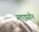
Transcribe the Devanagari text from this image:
ग्लाइसीन